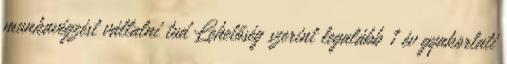
munkavégzést vállalni tud Lehetőség szerint legalább 1 év gyakorlati